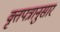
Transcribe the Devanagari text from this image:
वृत्तपत्रानुसार